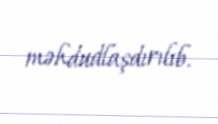
məhdudlaşdırılıb.